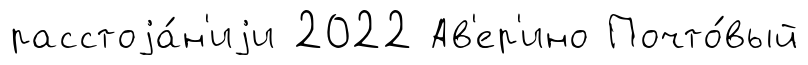
расстоjа́н'иjи 2022 Ав'ер'ино Почто́вый